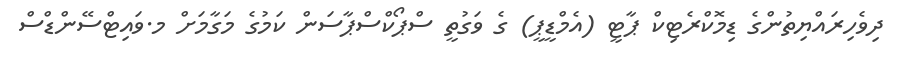
ދިވެހިރައްޔިތުންގެ ޑިމޮކްރެޓިކް ޕާޓީ (އެމްޑީޕީ) ގެ ވަގުތީ ސްޕޯކްސްޕާސަން ކަމުގެ މަގާމަށް މ.ވައިޓްސޭންޑްސް